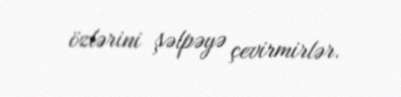
özlərini şəlpəyə çevirmirlər.